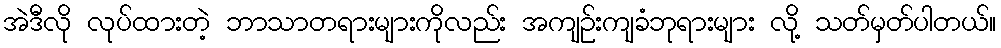
အဲဒီလို လုပ်ထားတဲ့ ဘာသာတရားများကိုလည်း အကျဉ်းကျခံဘုရားများ လို့ သတ်မှတ်ပါတယ်။